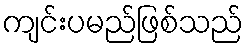
ကျင်းပမည်ဖြစ်သည်